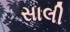
સાલી